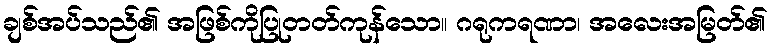
ချစ်အပ်သည်၏ အဖြစ်ကိုပြုတတ်ကုန်သော။ ဂရုကရဏာ၊ အလေးအမြတ်၏